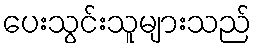
ပေးသွင်းသူများသည်